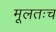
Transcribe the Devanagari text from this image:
मूलतःच